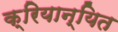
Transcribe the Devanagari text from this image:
क्रियान्यित